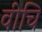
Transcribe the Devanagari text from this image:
वीचि